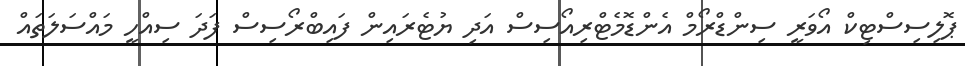
ޕޮލިސިސްޓިކް އޯވަރީ ސިންޑްރޯމް އެންޑޮމެޓްރިއޯސިސް އަދި ޔުޓެރައިން ފައިބްރޯސިސް ފަދަ ސިއްހީ މައްސަލަތައް